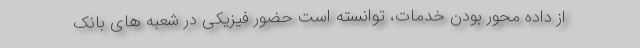
از داده محور بودن خدمات، توانسته است حضور فیزیکی در شعبه های بانک